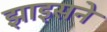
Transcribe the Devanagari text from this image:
झाइसने